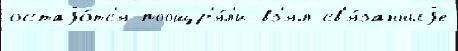
остаjо́тс'я поощр'я́л'и вз'ял св'я́занныjе